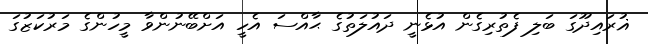
ޣުރައިދޫގަ ބަލި ފެތުރިގެން އުޅެނީ ދައުލަތުގެ ޙާއްސަ އެހީ އަށްބޭނުންވާ މީހުންގެ މަރުކަޒުގަ